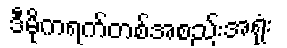
ဒီမိုကရက်တစ်အစည်းအရုံး